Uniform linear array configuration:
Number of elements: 12
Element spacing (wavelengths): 0.5
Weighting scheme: hamming
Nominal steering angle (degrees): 45
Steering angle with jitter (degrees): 45.425
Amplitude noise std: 0.05
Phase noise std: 0.05

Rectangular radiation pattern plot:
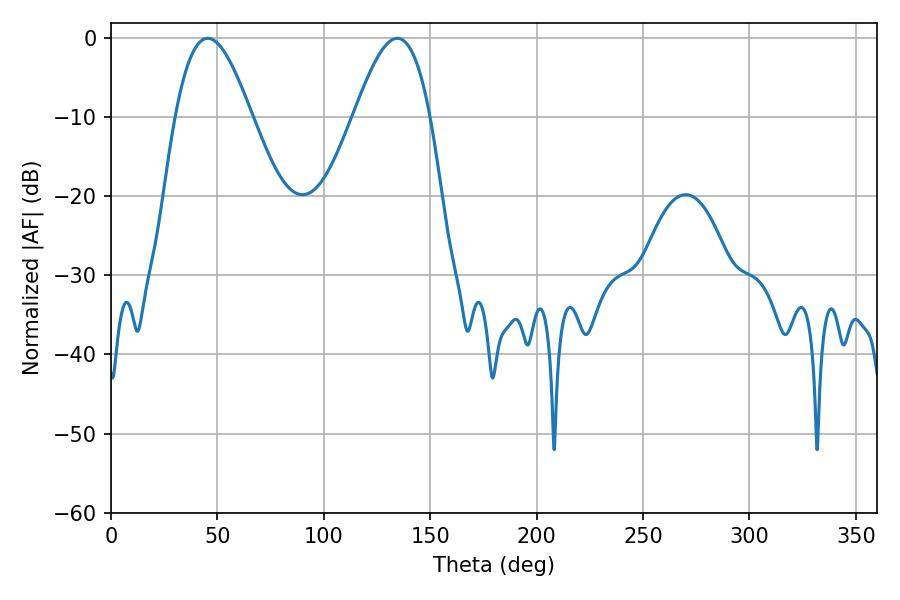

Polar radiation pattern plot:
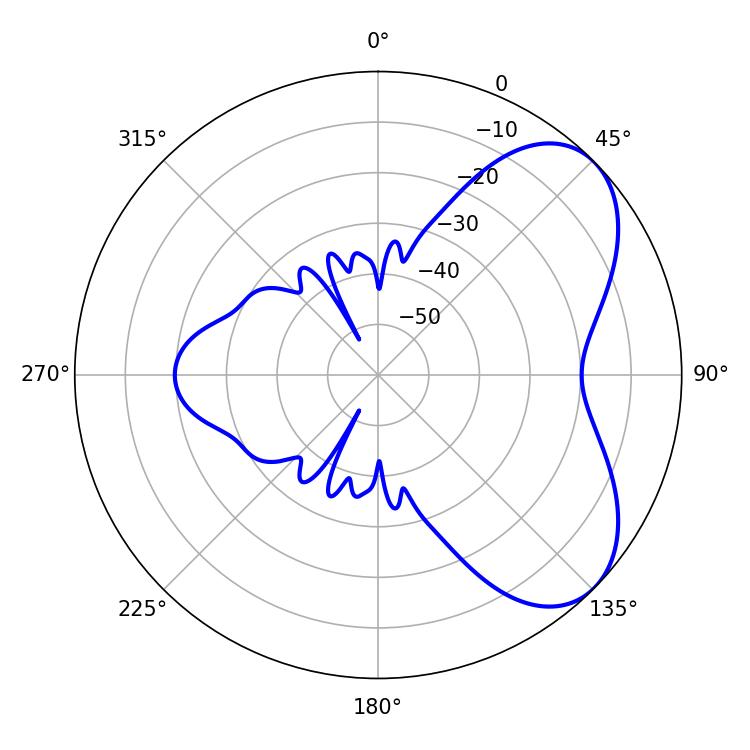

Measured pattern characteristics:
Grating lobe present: FALSE
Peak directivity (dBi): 5.706
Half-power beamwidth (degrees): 19.44
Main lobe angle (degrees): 45.54